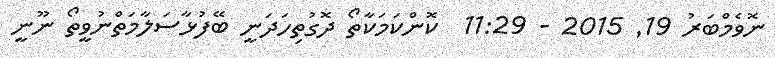
ނޮވެމްބަރު 19